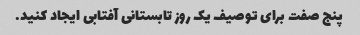
پنج صفت برای توصیف یک روز تابستانی آفتابی ایجاد کنید.